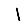
Digit: 1